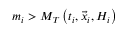
m _ { i } > M _ { T } \left( t _ { i } , \vec { x } _ { i } , { \cal H } _ { i } \right)